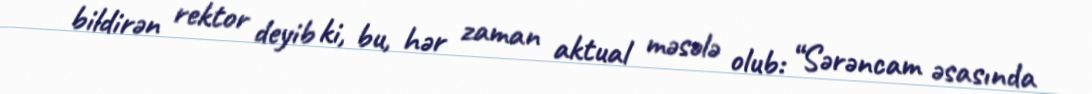
bildirən rektor deyib ki, bu, hər zaman aktual məsələ olub: “Sərəncam əsasında